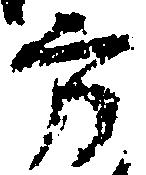
方